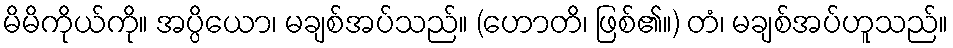
မိမိကိုယ်ကို။ အပ္ပိယော၊ မချစ်အပ်သည်။ (ဟောတိ၊ ဖြစ်၏။) တံ၊ မချစ်အပ်ဟူသည်။